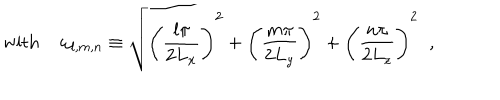
\mathrm { w i t h ~ } \omega _ { l , m , n } \equiv \sqrt { \Biggl ( \frac { l \pi } { 2 L _ { x } } \Biggr ) ^ { 2 } + \Biggl ( \frac { m \pi } { 2 L _ { y } } \Biggr ) ^ { 2 } + \Biggl ( \frac { n \pi } { 2 L _ { z } } \Biggr ) ^ { 2 } } \; \; ,